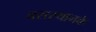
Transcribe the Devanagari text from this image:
बसस्थानके